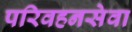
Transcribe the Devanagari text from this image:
परिवहनसेवा